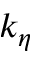
k _ { \eta }